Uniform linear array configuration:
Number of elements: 16
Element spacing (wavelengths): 0.75
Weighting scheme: uniform
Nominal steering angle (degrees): -60
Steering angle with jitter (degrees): -61.138
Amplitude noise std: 0.05
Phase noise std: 0.05

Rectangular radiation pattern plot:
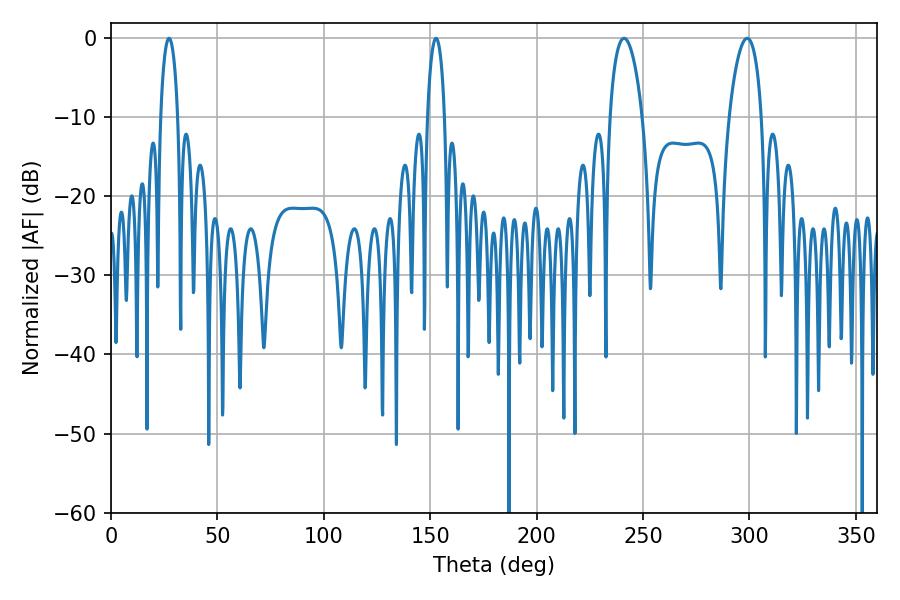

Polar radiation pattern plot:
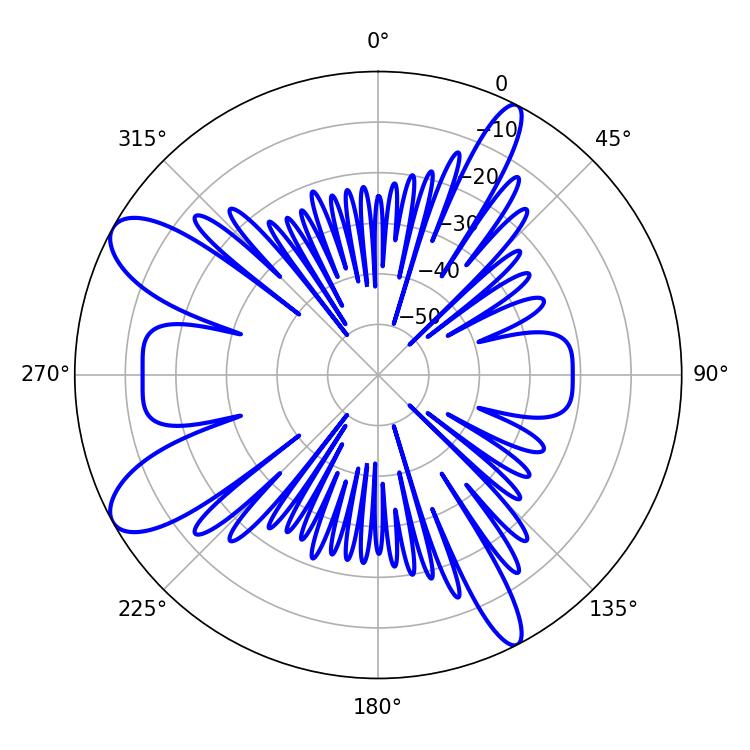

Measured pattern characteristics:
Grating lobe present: TRUE
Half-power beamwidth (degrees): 8.64
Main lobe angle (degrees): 241.02